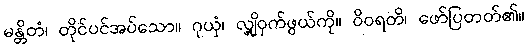
မန္တိတံ၊ တိုင်ပင်အပ်သော။ ဂုယှံ၊ လျှို့ဝှက်ဖွယ်ကို။ ဝိဝရတိ၊ ဖော်ပြတတ်၏။